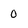
Character: 0